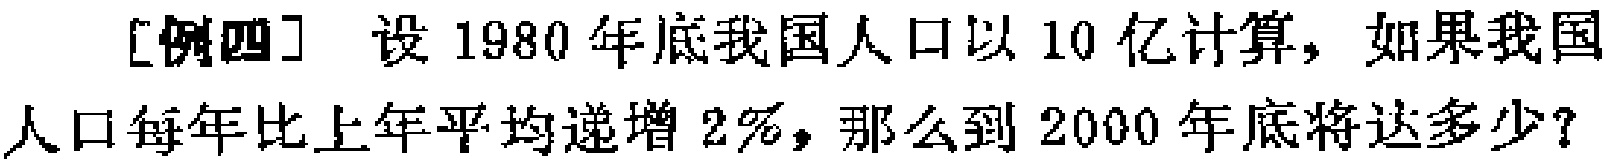
[例四] 设1980年底我国人口以10亿计算，如果我国人口每年比上年平均递增2%，那么到2000年底将达多少？